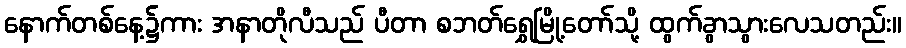
နောက်တစ်နေ့၌ကား အနာတိုလီသည် ပီတာ စဘတ်ရွှေမြို့တော်သို့ ထွက်ခွာသွားလေသတည်း။